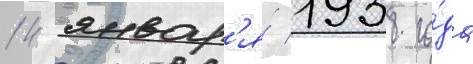
14 январ'я́ 1938 го́да